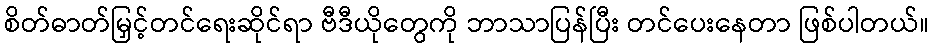
စိတ်ဓာတ်မြှင့်တင်ရေးဆိုင်ရာ ဗီဒီယိုတွေကို ဘာသာပြန်ပြီး တင်ပေးနေတာ ဖြစ်ပါတယ်။